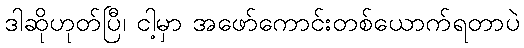
ဒါဆိုဟုတ်ပြီ၊ ငါ့မှာ အဖော်ကောင်းတစ်ယောက်ရတာပဲ